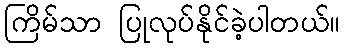
ကြိမ်သာ ပြုလုပ်နိုင်ခဲ့ပါတယ်။